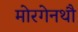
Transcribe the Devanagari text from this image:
मोरगेनथौ